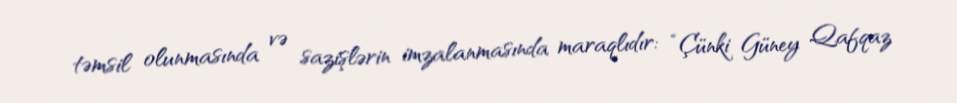
təmsil olunmasında və sazişlərin imzalanmasında maraqlıdır: “Çünki Güney Qafqaz